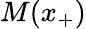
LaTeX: M(x_{+})